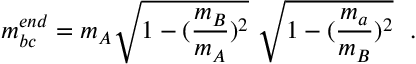
m _ { b c } ^ { e n d } = m _ { A } \sqrt { 1 - ( \frac { m _ { B } } { m _ { A } } ) ^ { 2 } } \ \sqrt { 1 - ( \frac { m _ { a } } { m _ { B } } ) ^ { 2 } } \mathrm { \ \ . }